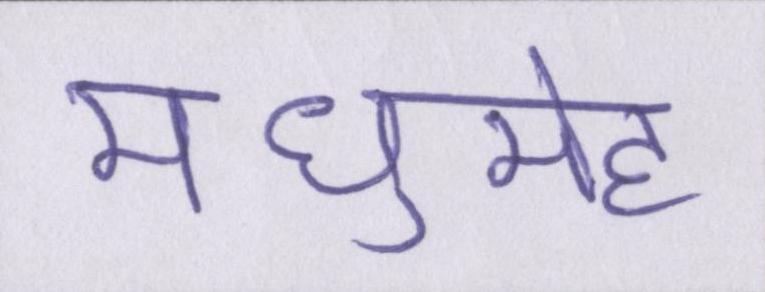
मधुमेह